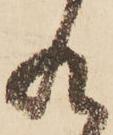
れ